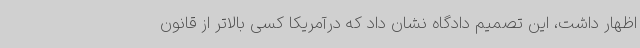
اظهار داشت، این تصمیم دادگاه نشان داد که درآمریکا کسی بالاتر از قانون